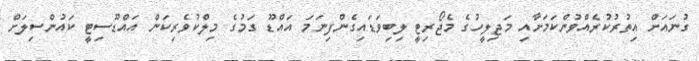
ގުނައަށް އިތުރުކުރެއްވުންކަމަށާއި މަޖިލީހުގެ މެޖޯރިޓީ ލިބިވަޑައިގެންފިނަމަ އައްޑޫ ގަމުގެ މިލްކުވެރިކަން އައްޑޫސިޓީ ކައުންސިލަށް